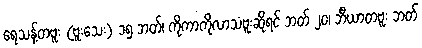
ရေသန့်တဗူး (ဗူးသေး) ၁၅ ဘတ်၊ ကိုကာကိုလာသံဗူးဆိုရင် ဘတ် ၂၀၊ ဘီယာတဗူး ဘတ်